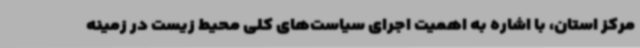
مرکز استان، با اشاره به اهمیت اجرای سیاست‌های کلی محیط ‌زیست در زمینه